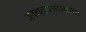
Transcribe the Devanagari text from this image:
कागदपत्रांमधील